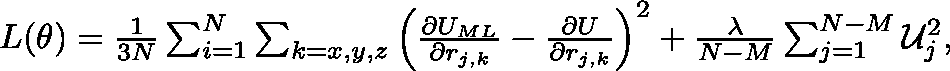
\begin{array} { r } { L ( \mathbf { \theta } ) = \frac { 1 } { 3 N } \sum _ { i = 1 } ^ { N } \sum _ { k = x , y , z } \left( \frac { \partial U _ { M L } } { \partial r _ { j , k } } - \frac { \partial U } { \partial r _ { j , k } } \right) ^ { 2 } + \frac { \lambda } { N - M } \sum _ { j = 1 } ^ { N - M } \mathcal { U } _ { j } ^ { 2 } , } \end{array}